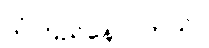
ယုံကြည်နေ ပါတယ်။